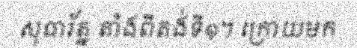
សុធារ័ត្ន តាំងពីតង់ទី១។ ក្រោយមក